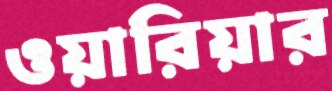
ওয়ারিয়ার